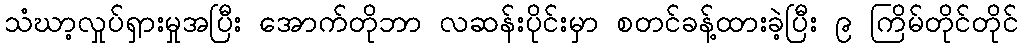
သံဃာ့လှုပ်ရှားမှုအပြီး အောက်တိုဘာ လဆန်းပိုင်းမှာ စတင်ခန့်ထားခဲ့ပြီး ၉ ကြိမ်တိုင်တိုင်